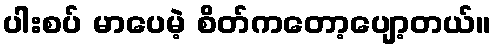
ပါးစပ် မာပေမဲ့ စိတ်ကတော့ပျော့တယ်။